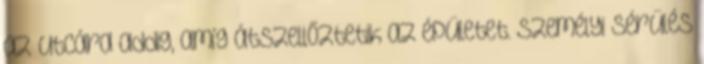
az utcára addig, amíg átszellőztetik az épületet. Személyi sérülés